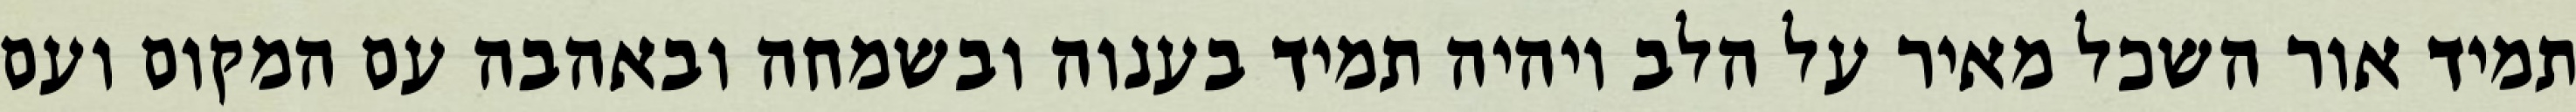
תמיד אור השכל מאיר על הלב ויהיה תמיד בענוה ובשמחה ובאהבה עם המקום ועם